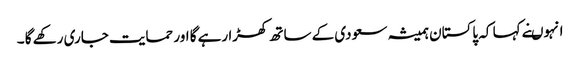
انہوںنے کہا کہ پاکستان ہمیشہ سعودی کے ساتھ کھڑا رہے گا اور حمایت جاری رکھے گا ۔